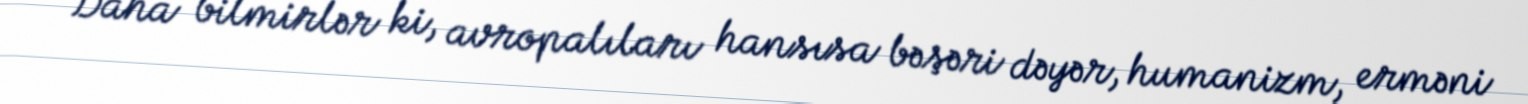
Daha bilmirlər ki, avropalıları hansısa bəşəri dəyər, humanizm, erməni